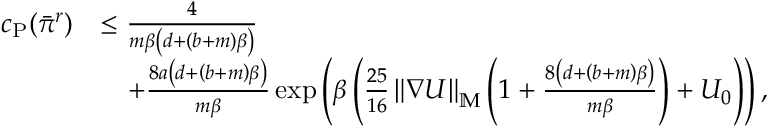
\begin{array} { r l } { c _ { \mathrm { P } } ( \Bar { \pi } ^ { r } ) } & { \le \frac { 4 } { m \beta \left( d + \left( b + m \right) \beta \right) } } \\ & { \quad + \frac { 8 a \left( d + \left( b + m \right) \beta \right) } { m \beta } \exp \left( \beta \left( \frac { 2 5 } { 1 6 } \left\| \nabla U \right\| _ { \mathbb { M } } \left( 1 + \frac { 8 \left( d + \left( b + m \right) \beta \right) } { m \beta } \right) + U _ { 0 } \right) \right) , } \end{array}